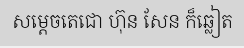
សម្តេចតេជោ ហ៊ុន សែន ក៏ឆ្លៀត